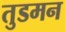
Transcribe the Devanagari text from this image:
तुडमन